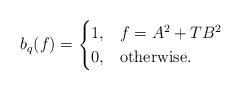
LaTeX: \begin{align*}b_q(f) = \begin{cases}1,& f =A^2 + TB^2\\0,& \mbox{otherwise.}\end{cases}\end{align*}